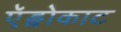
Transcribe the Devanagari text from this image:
ऍड्वोकाट